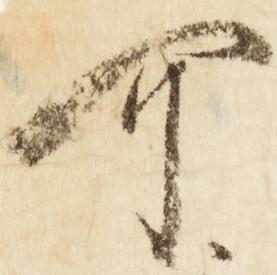
可